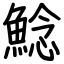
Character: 鯰